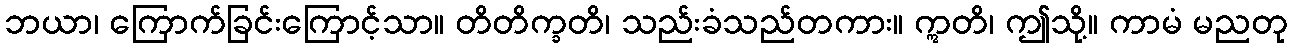
ဘယာ၊ ကြောက်ခြင်းကြောင့်သာ။ တိတိက္ခတိ၊ သည်းခံသည်တကား။ ဣတိ၊ ဤသို့။ ကာမံ မညတု